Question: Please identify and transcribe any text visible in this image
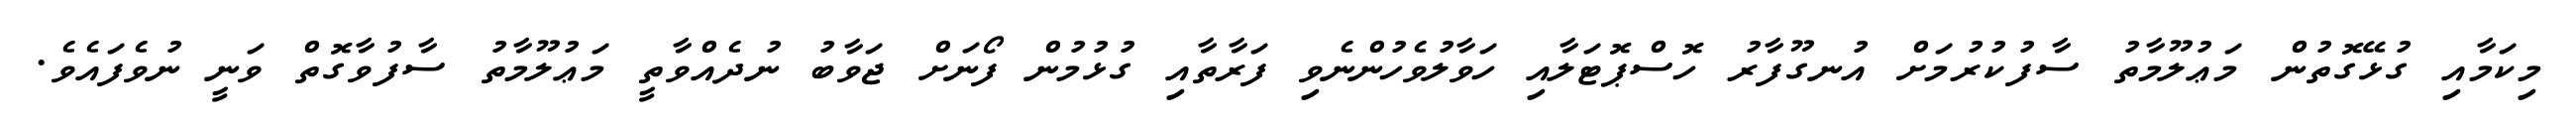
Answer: މިކަމާއި ގުޅޭގޮތުން މަޢުލޫމާތު ސާފުކުރުމަށް އުނގޫފާރު ހޮސްޕޮޓަލާއި ހަވާލުވެހުންނެވި ފަރާތާއި ގުޅުމުން ފޯނަށް ޖަވާބު ނުދެއްވާތީ މަޢުލޫމާތު ސާފުވާގޮތް ވަނީ ނުވެފައެވެ.